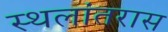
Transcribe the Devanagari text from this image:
स्थलांतरास